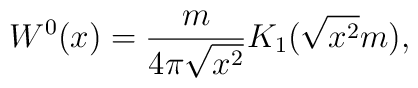
W^0(x)={m\over 4\pi\sqrt{x^2}}K_1(\sqrt{x^2}m),